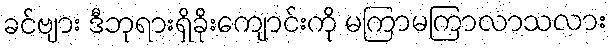
ခင်ဗျား ဒီဘုရားရှိခိုးကျောင်းကို မကြာမကြာလာသလား